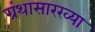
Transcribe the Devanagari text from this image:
ग्रंथासारख्या